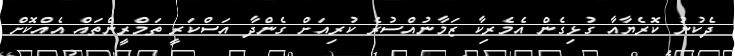
ދެކުނު ކޮރެޔާއާ ގުޅިގެން އެމެރިކާ ޒަމާނުއްސުރެ ކުރިއަށް ގެންދާ އަސްކަރީ ތަމްރީންތައް އެއްކޮށް